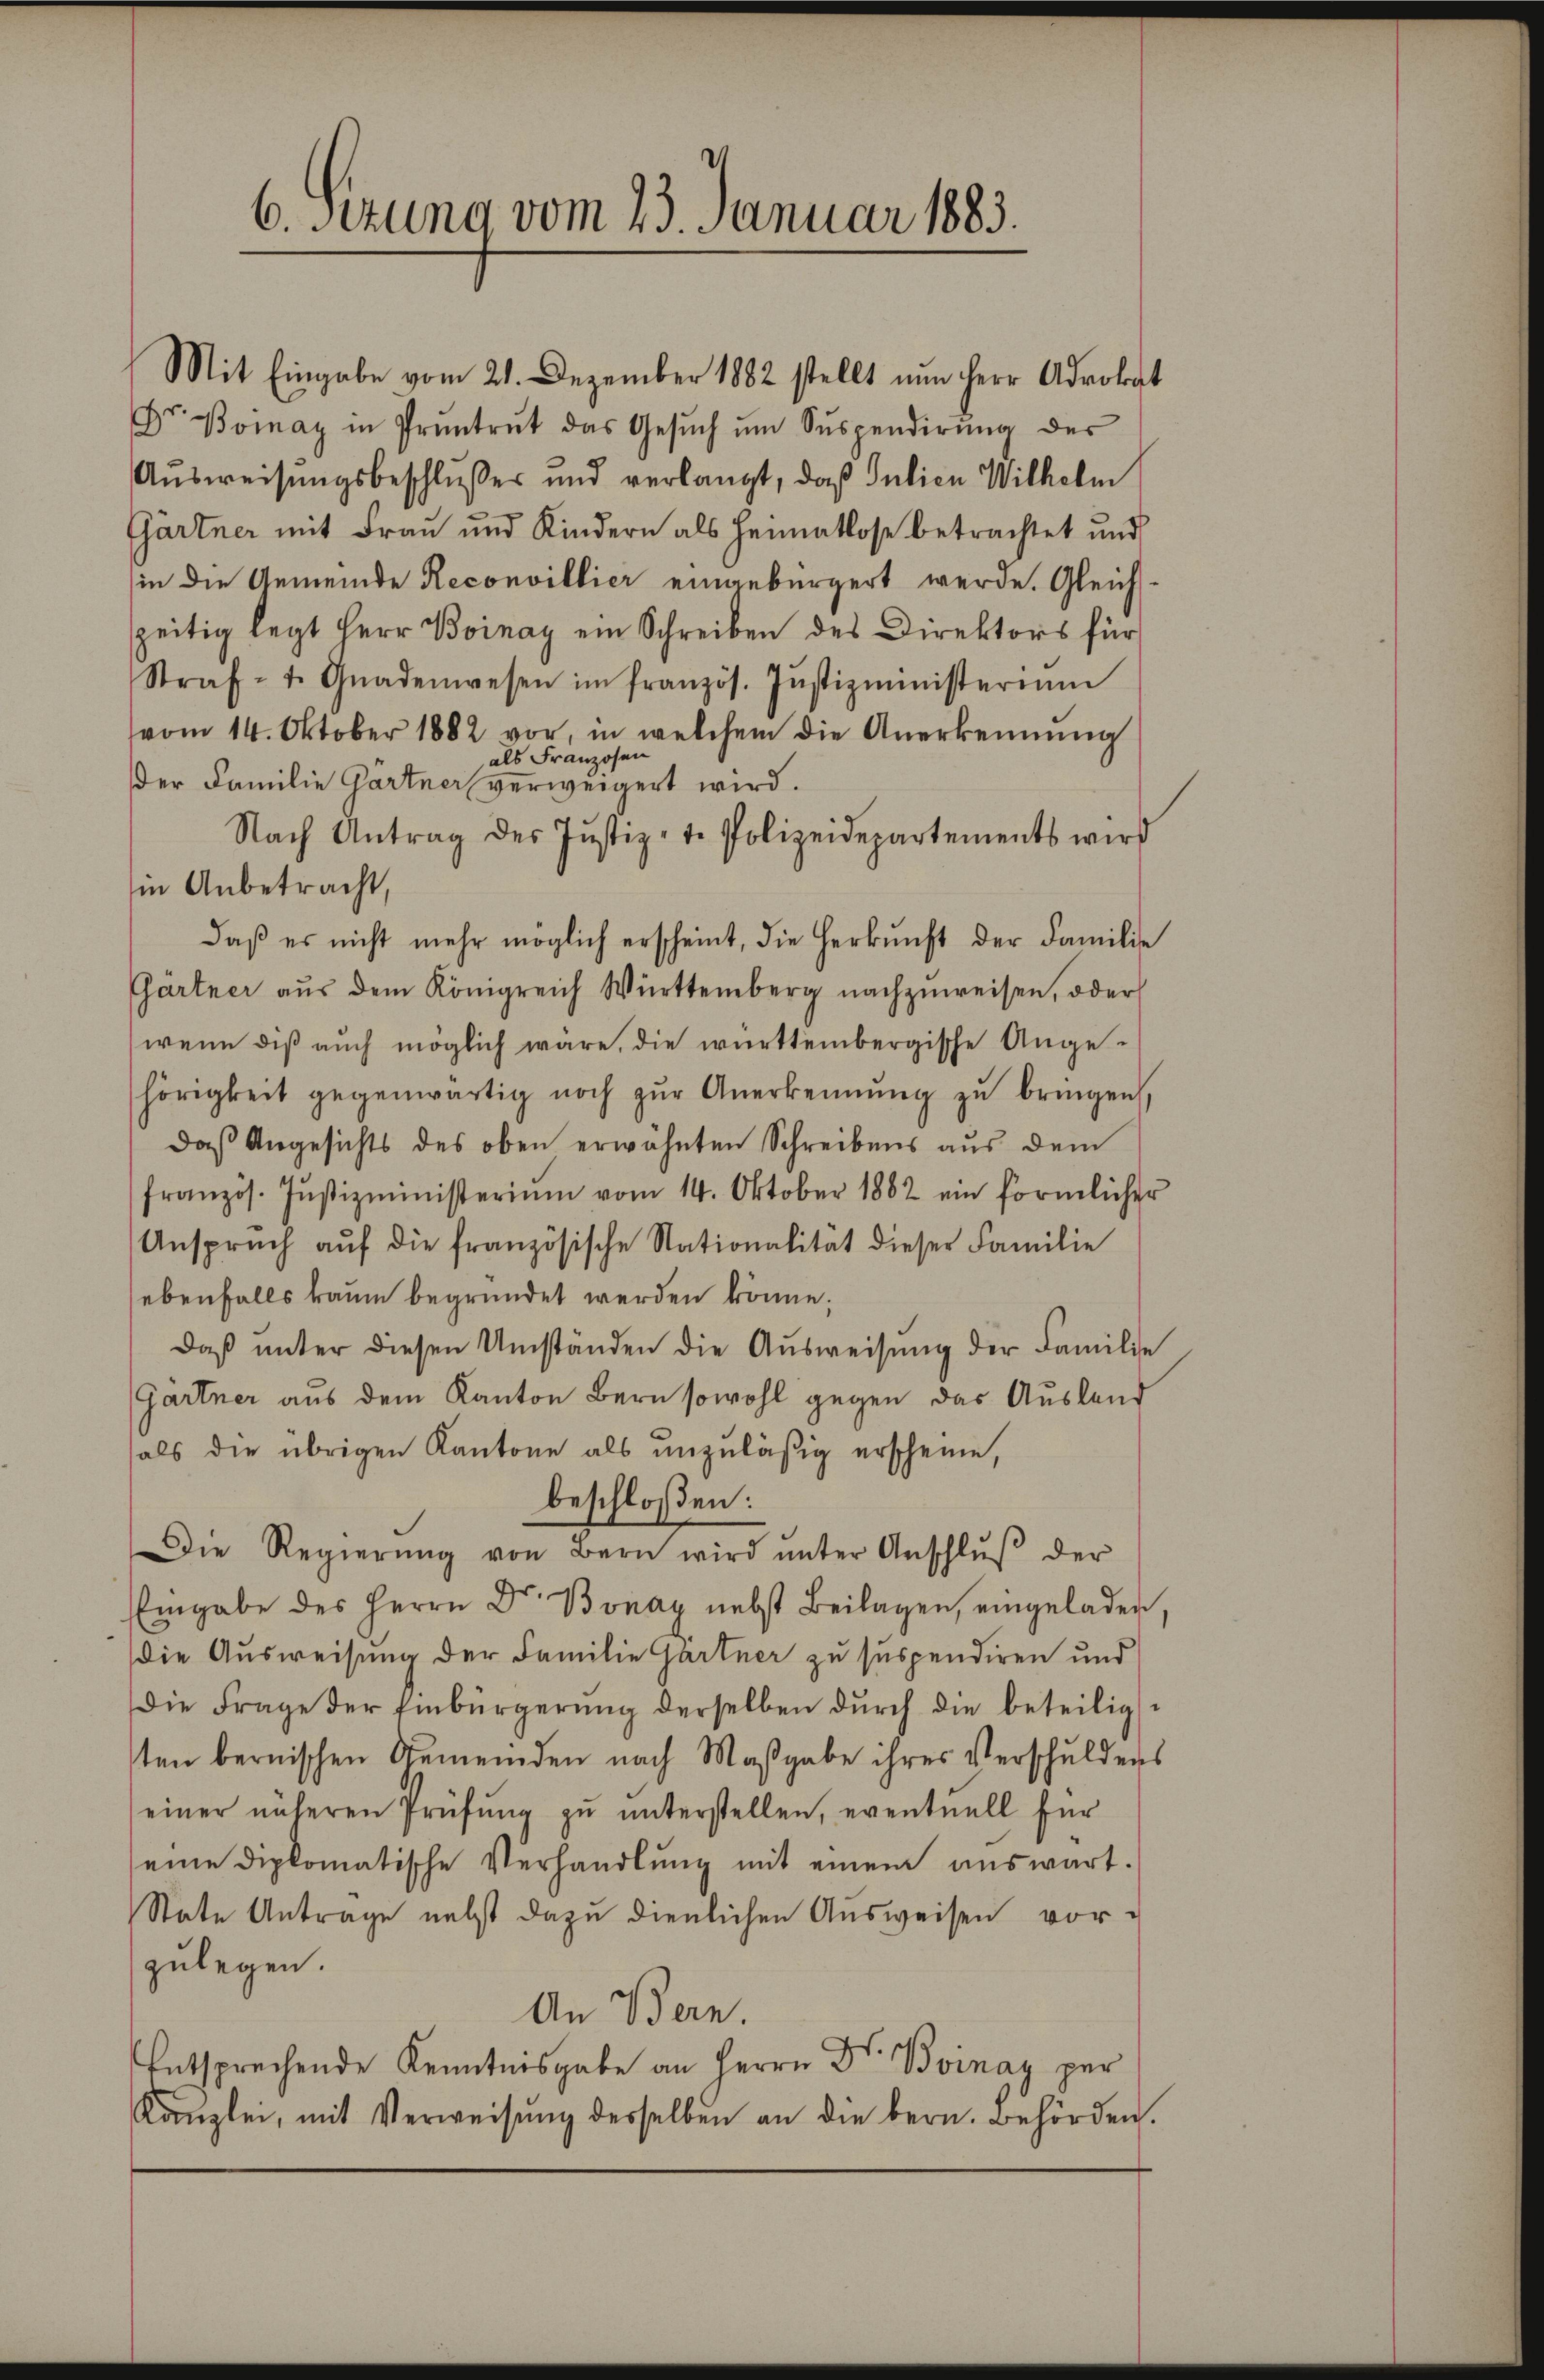
6sizung vom 23. Januar 1883.

Mit Eingabe vom 21. Dezember 1882 stellt nun Herr Advokat
Dr. Bonay in Pruntrut das Gesŭch ŭm Sŭspendirŭng des
Ausweisungsbeschlusser und verlangt, daß Julien Wilhelm
Gärtner mit Frau und Kindern als Heimatlose betrachtet und
in die Gemeinde Reconvillier eingebürgert werde. Gleich-
zeitig legt Herr Boinay ein Schreiben des Direktors für
Straft. Gnadenwesen im französ. Jŭstizministerium
(vom 14. Oktober 1882 vor, in welchem die Anerkennung
als Franzosen
der Familie Gartner verweigert wird.
Nach Antrag des Jŭstiz-t. Polizeidepartements wird
in Anbetracht,
daβ es nicht mehr möglich erscheint, die Herkŭnft der Familie
Chartner aŭs dem Königreich Württemberg nachzuweisen, oder
wenn diß auch möglich wäre, die württembergische Ange-
hörigkeit gegenwärtig noch zŭr Anerkennung zŭ bringen,
daß Angesichts des oben erwähnten Schreibens aus dem
französ. Jŭstizministerium vom 14. Oktober 1882 ein förmlicher
Anspruch aŭf die französische Nationalität dieser Familie
ebenfalls kaum begründet werden könne;
daβ ŭnter diesen Umständen die Aŭsweisŭng der Familie
Gärtner aus dem Kanton Bern sowohl gegen das Ausland
als die übrigen Kantone als unzuläßig erscheine,
beschloßen:
Die Regierŭng von Bern wird ŭnter Anschlŭβ der
Eingabe des Herrn Dr. Bonay nebst Beilagen, eingeladen,
die Ausweisung der Familie Gärtner zu suspendiren und
die Frage der Einbürgerŭng derselben dŭrch die beteiligst
sten bernischen Gemeinden nach Maßgabe ihres Verschuldens
einer näheren Prüfŭng zŭ ŭnterstellen, eventuell für
seine diplomatische Verhandlŭng mit einem aŭswart.
State Antrage nebst dazu dienlichen Ausweisen vorzulegen.
An Bern.
Entsprechende Kenntnisgabe an Herrn Dr. Boinay per
Kanzlei, mit Verweisŭng desselben an die bern. Behörden.